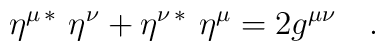
\eta^{\mu\,*} \,\,\eta^\nu +\eta^{\nu\,*}\,\,\eta^\mu = 2g^{\mu\nu}\quad .